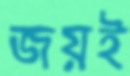
জয়ই